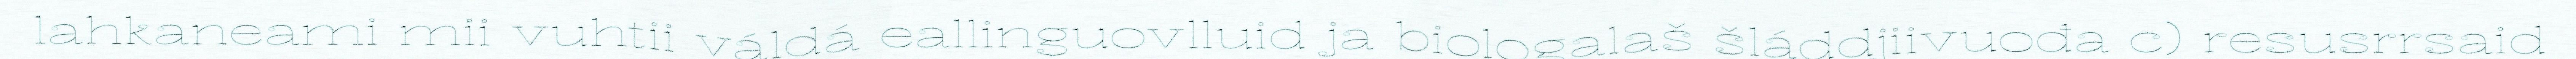
lahkaneami mii vuhtii váldá eallinguovlluid ja biologalaš šláddjiivuođa c) resusrrsaid